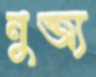
নুব্জ্য